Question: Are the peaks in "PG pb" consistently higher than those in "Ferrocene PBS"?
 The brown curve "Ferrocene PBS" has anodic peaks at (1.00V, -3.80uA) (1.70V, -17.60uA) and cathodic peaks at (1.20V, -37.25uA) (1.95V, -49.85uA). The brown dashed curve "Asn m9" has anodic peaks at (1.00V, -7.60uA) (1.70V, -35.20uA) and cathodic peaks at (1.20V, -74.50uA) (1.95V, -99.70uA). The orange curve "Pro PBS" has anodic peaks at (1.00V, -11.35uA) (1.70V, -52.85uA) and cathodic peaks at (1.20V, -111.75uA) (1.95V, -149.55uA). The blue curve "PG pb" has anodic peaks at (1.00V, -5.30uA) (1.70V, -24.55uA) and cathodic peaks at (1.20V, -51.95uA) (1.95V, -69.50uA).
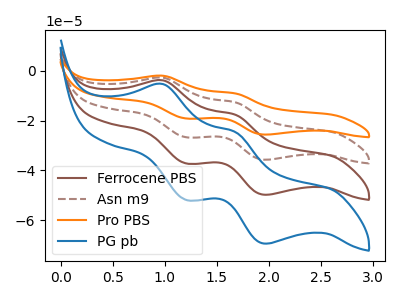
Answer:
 <answer>The peaks in "PG pb" are neither all higher or all lower than the peaks in "Ferrocene PBS".</answer>
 <eval>mixed</eval>